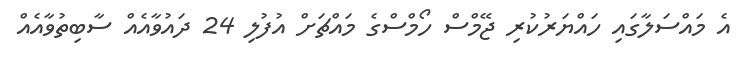
އެ މައްސަލާގައި ހައްޔަރުކުރި ޖޭމްސް ހޯމްސްގެ މައްޗަށް އުފުލި 24 ދައުވާއެއް ސާބިތުވާއެއް